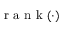
\mathrm { ~ r ~ a ~ n ~ k ~ } ( \cdot )